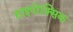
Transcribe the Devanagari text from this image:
हाइपोक्सिक